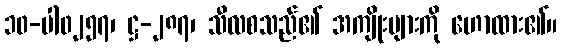
၁၀-ပါ၀၂၅၇၊ ဋ္ဌ-၂၈၇၊ သီလစသည်၏ အကျိုးများကို ဟောထား၏။